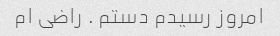
امروز رسیدم دستم . راضی ام